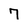
Character: 7